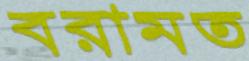
বরামত